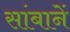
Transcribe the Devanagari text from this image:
सांबानें